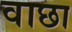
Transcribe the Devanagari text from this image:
वाछा